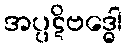
အပ္ပဋိဗဒ္ဓေါ